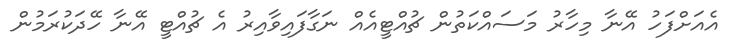
އެއަށްފަހު އޭނާ މިހާރު މަސައްކަތުން ޗުއްޓީއެއް ނަގާފައިވާއިރު އެ ޗުއްޓީ އޭނާ ހޭދަކުރަމުން